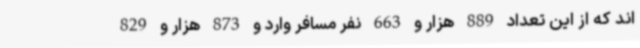
اند که از این تعداد 889 هزار و 663 نفر مسافر وارد و 873 هزار و 829